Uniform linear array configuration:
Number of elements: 32
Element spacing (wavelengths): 0.5
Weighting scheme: blackman
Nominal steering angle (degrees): -60
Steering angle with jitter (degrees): -58.46
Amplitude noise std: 0.05
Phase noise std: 0.05

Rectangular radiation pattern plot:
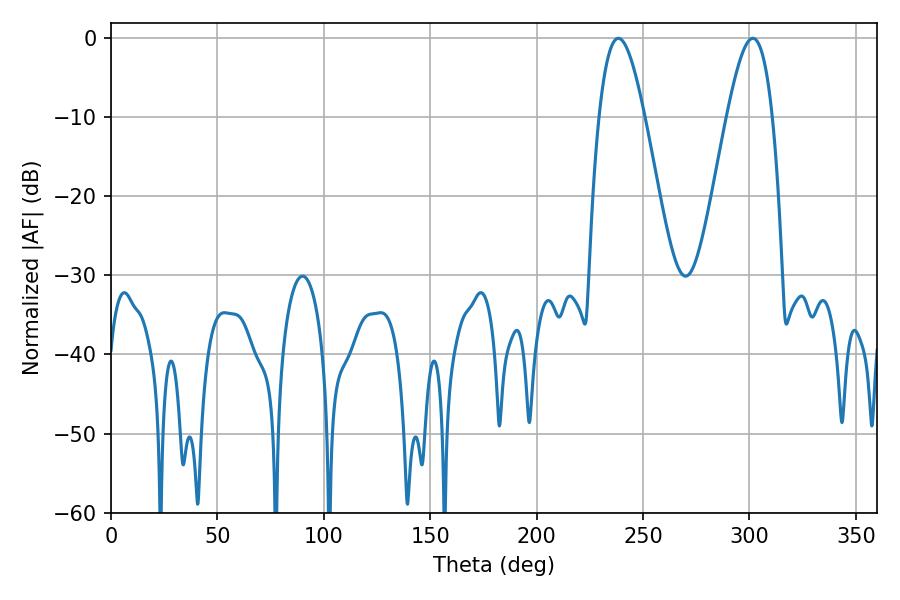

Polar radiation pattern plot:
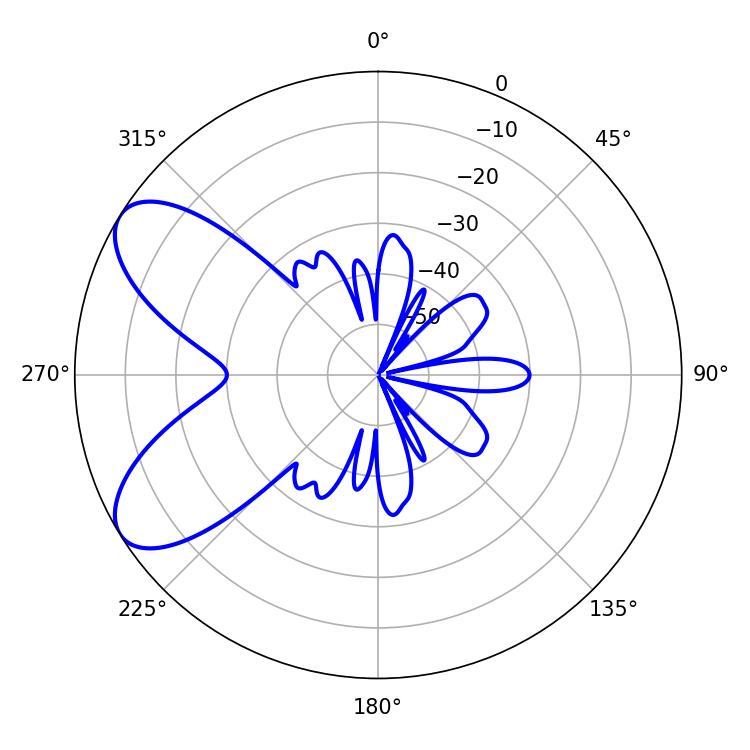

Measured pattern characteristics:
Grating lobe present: FALSE
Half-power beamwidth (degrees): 11.52
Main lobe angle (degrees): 238.32